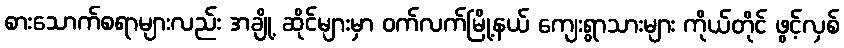
စားသောက်စရာများလည်း အချို့ ဆိုင်များမှာ ဝက်လက်မြို့နယ် ကျေးရွာသားများ ကိုယ်တိုင် ဖွင့်လှစ်